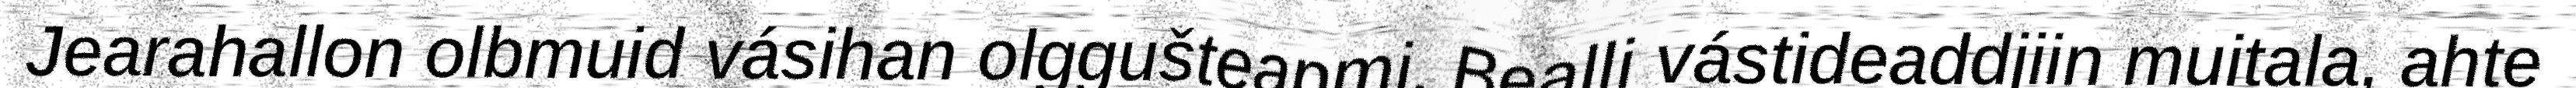
Jearahallon olbmuid vásihan olggušteapmi. Bealli vástideaddjiin muitala, ahte